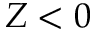
Z < 0